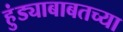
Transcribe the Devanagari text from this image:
हुंड्याबाबतच्या